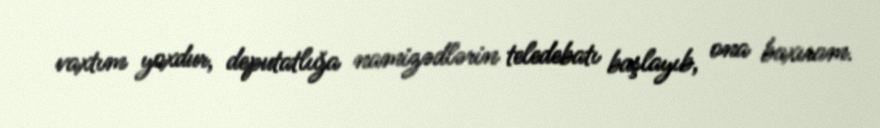
vaxtım yoxdur, deputatlığa namizədlərin teledebatı başlayıb, ona baxıram.